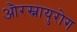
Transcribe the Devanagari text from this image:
औरस्नायुरोग